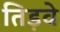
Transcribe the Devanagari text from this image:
तिड़वे